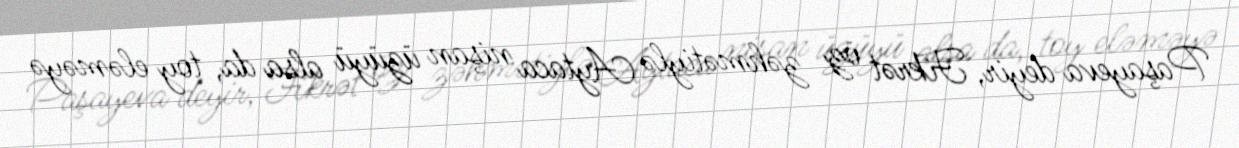
Paşayeva deyir, Fikrət öz zəhmətiylə Aytaca nişan üzüyü alsa da, toy eləməyə